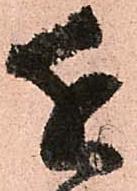
近